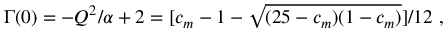
\Gamma ( 0 ) = - Q ^ { 2 } / \alpha + 2 = [ c _ { m } - 1 - \sqrt { ( 2 5 - c _ { m } ) ( 1 - c _ { m } ) } ] / 1 2 \ ,